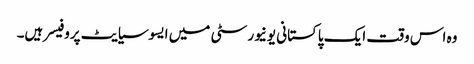
وہ اس وقت ایک پاکستانی یونیورسٹی میں ایسوسیایٹ پروفیسر ہیں۔